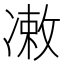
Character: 𪞫